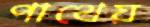
পাথেয়